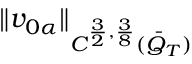
\| v _ { 0 \alpha } \| _ { C ^ { \frac { 3 } { 2 } , \frac { 3 } { 8 } } ( \bar { Q } _ { T } ) }